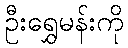
ဦးရွှေမန်းကို